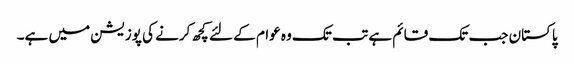
پاکستان جب تک قائم ہے تب تک وہ عوام کے لئے کچھ کرنے کی پوزیشن میں ہے۔